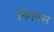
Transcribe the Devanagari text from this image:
निगमस